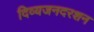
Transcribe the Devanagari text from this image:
दिव्यजनदरशन